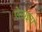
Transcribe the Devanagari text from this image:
ऐलाइंग